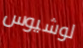
لوشيوس